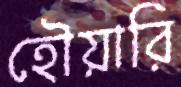
হৌয়ারি